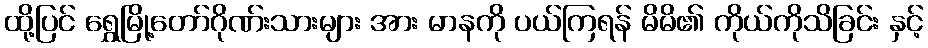
ထို့ပြင် ရွှေမြို့တော်ဂိုဏ်းသားများ အား မာနကို ပယ်ကြရန် မိမိ၏ ကိုယ်ကိုသိခြင်း နှင့်